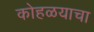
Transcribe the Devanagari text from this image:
कोहळयाचा